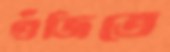
গুঁজিতে